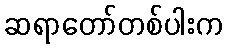
ဆရာတော်တစ်ပါးက